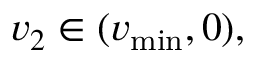
v _ { 2 } \in ( v _ { \operatorname* { m i n } } , 0 ) ,